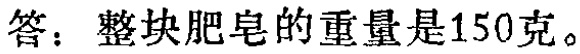
答：整块肥皂的重量是150克。